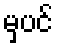
မှပင်